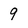
Character: 9